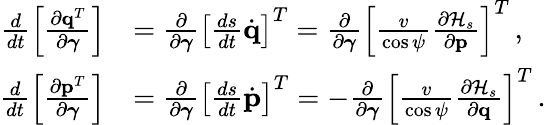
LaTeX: \begin{array}{rl}{\frac{d}{dt}\left[\frac{\partial{\mathbf q}^{T}}{\partial\boldsymbol{\gamma}}\right]}&{=\frac{\partial}{\partial\boldsymbol{\gamma}}\left[\frac{ds}{dt}\dot{\mathbf q}\right]^{T}=\frac{\partial}{\partial\boldsymbol{\gamma}}\left[\frac{v}{\cos\psi}\frac{\partial{\cal H}_{s}}{\partial{\mathbf p}}\right]^{T}\, ,}\\ {\frac{d}{dt}\left[\frac{\partial{\mathbf p}^{T}}{\partial\boldsymbol{\gamma}}\right]}&{=\frac{\partial}{\partial\boldsymbol{\gamma}}\left[\frac{ds}{dt}\dot{\mathbf p}\right]^{T}=-\frac{\partial}{\partial\boldsymbol{\gamma}}\left[\frac{v}{\cos\psi}\frac{\partial{\cal H}_{s}}{\partial\mathbf{q}}\right]^{T}\, .}\end{array}